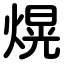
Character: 熀